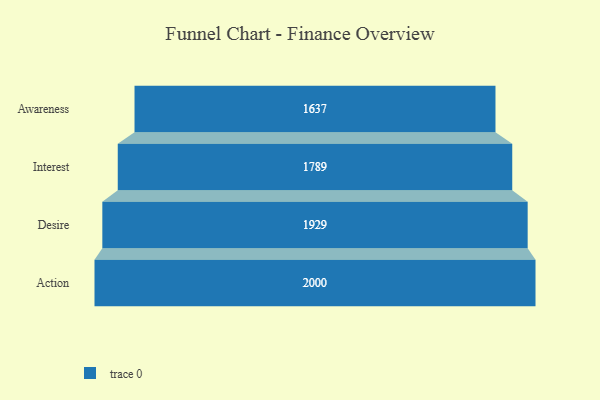
{"axis": {"x": "Stage", "y": "Value"}, "legend": [""], "data": [{"x": "Awareness", "y": 1637.0, "type": ""}, {"x": "Interest", "y": 1789.0, "type": ""}, {"x": "Desire", "y": 1929.0, "type": ""}, {"x": "Action", "y": 2000, "type": ""}]}